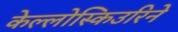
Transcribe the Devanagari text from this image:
केल्लोस्किउरिने